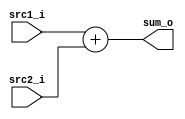
// id: 109550022

//Subject:     CO project 2 - Adder
//--------------------------------------------------------------------------------
//Version:     1
//--------------------------------------------------------------------------------
//Writer:      Luke
//----------------------------------------------
//Date:        
//----------------------------------------------
//Description: 
//--------------------------------------------------------------------------------
`timescale 1ns/1ps
module Adder(
    src1_i,
	src2_i,
	sum_o
	);
     
//I/O ports
input  [32-1:0]  src1_i;
input  [32-1:0]	 src2_i;
output [32-1:0]	 sum_o;

//Internal Signals
reg    [32-1:0]	 sum_o;

//Parameter
    
//Main function
// reference the behavioral 32-bit ALU in CO_Lab_2.pdf
always @(src1_i or src2_i) begin
	sum_o <= src1_i + src2_i;
end
endmodule